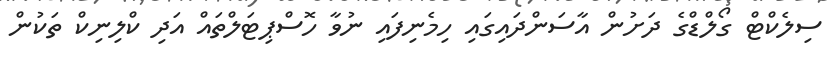
ސިލެކްޓް ގޯލްޑްގެ ދަށުން އާސަންދައިގައި ހިމެނިފައި ނުވާ ހޮސްޕިޓަލްތައް އަދި ކްލިނިކް ތަކުން